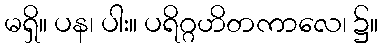
မရှိ။ ပန၊ ပါး။ ပရိဂ္ဂဟိတကာလေ၊ ၌။